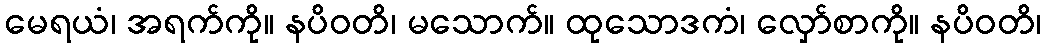
မေရယံ၊ အရက်ကို။ နပိဝတိ၊ မသောက်။ ထုသောဒကံ၊ လှော်စာကို။ နပိဝတိ၊